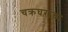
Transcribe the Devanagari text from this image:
चक्रघरांचा